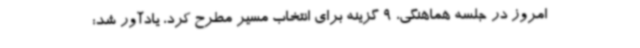
امروز در جلسه هماهنگی، 9 گزینه برای انتخاب مسیر مطرح کرد، یادآور شد: